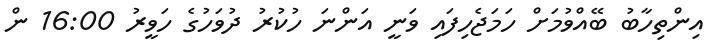
އިންތިހާބު ބޭއްވުމަށް ހަމަޖެހިފައި ވަނީ އަންނަ ހުކުރު ދުވަހުގެ ހަވީރު 16:00 ން